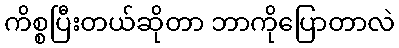
ကိစ္စပြီးတယ်ဆိုတာ ဘာကိုပြောတာလဲ